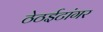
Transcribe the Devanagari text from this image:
ठेठईटांगर